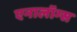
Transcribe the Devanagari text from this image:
एनालॉग्स